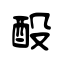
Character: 酘